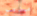
مدمر